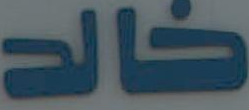
خالد